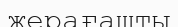
жерағашты